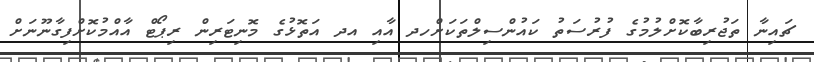
ޗައިނާ ތަޖުރިބާކޮށްލުމުގެ ފުރުސަތު ކައުންސިލްތަކަށްހދ އާއި އދ އަތޮޅުގެ މޮނިޓަރިން ރިޕޯޓް އާއްމުކޮށްފިގާނޫނަށް